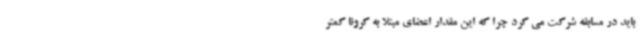
باید در مسابقه شرکت می کرد چرا که این مقدار اعضای مبتلا به کرونا کمتر